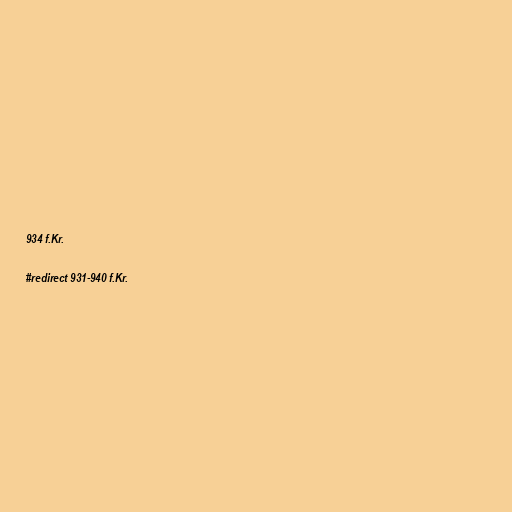
934 f.Kr.

#redirect 931-940 f.Kr.